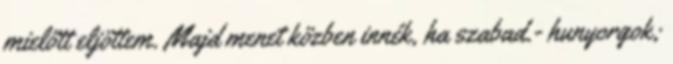
mielőtt eljöttem. Majd menet közben innék, ha szabad.- hunyorgok;